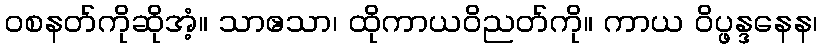
ဝစနတ်ကိုဆိုအံ့။ သာဧသာ၊ ထိုကာယဝိညတ်ကို။ ကာယ ဝိပ္ဖန္ဒနေန၊